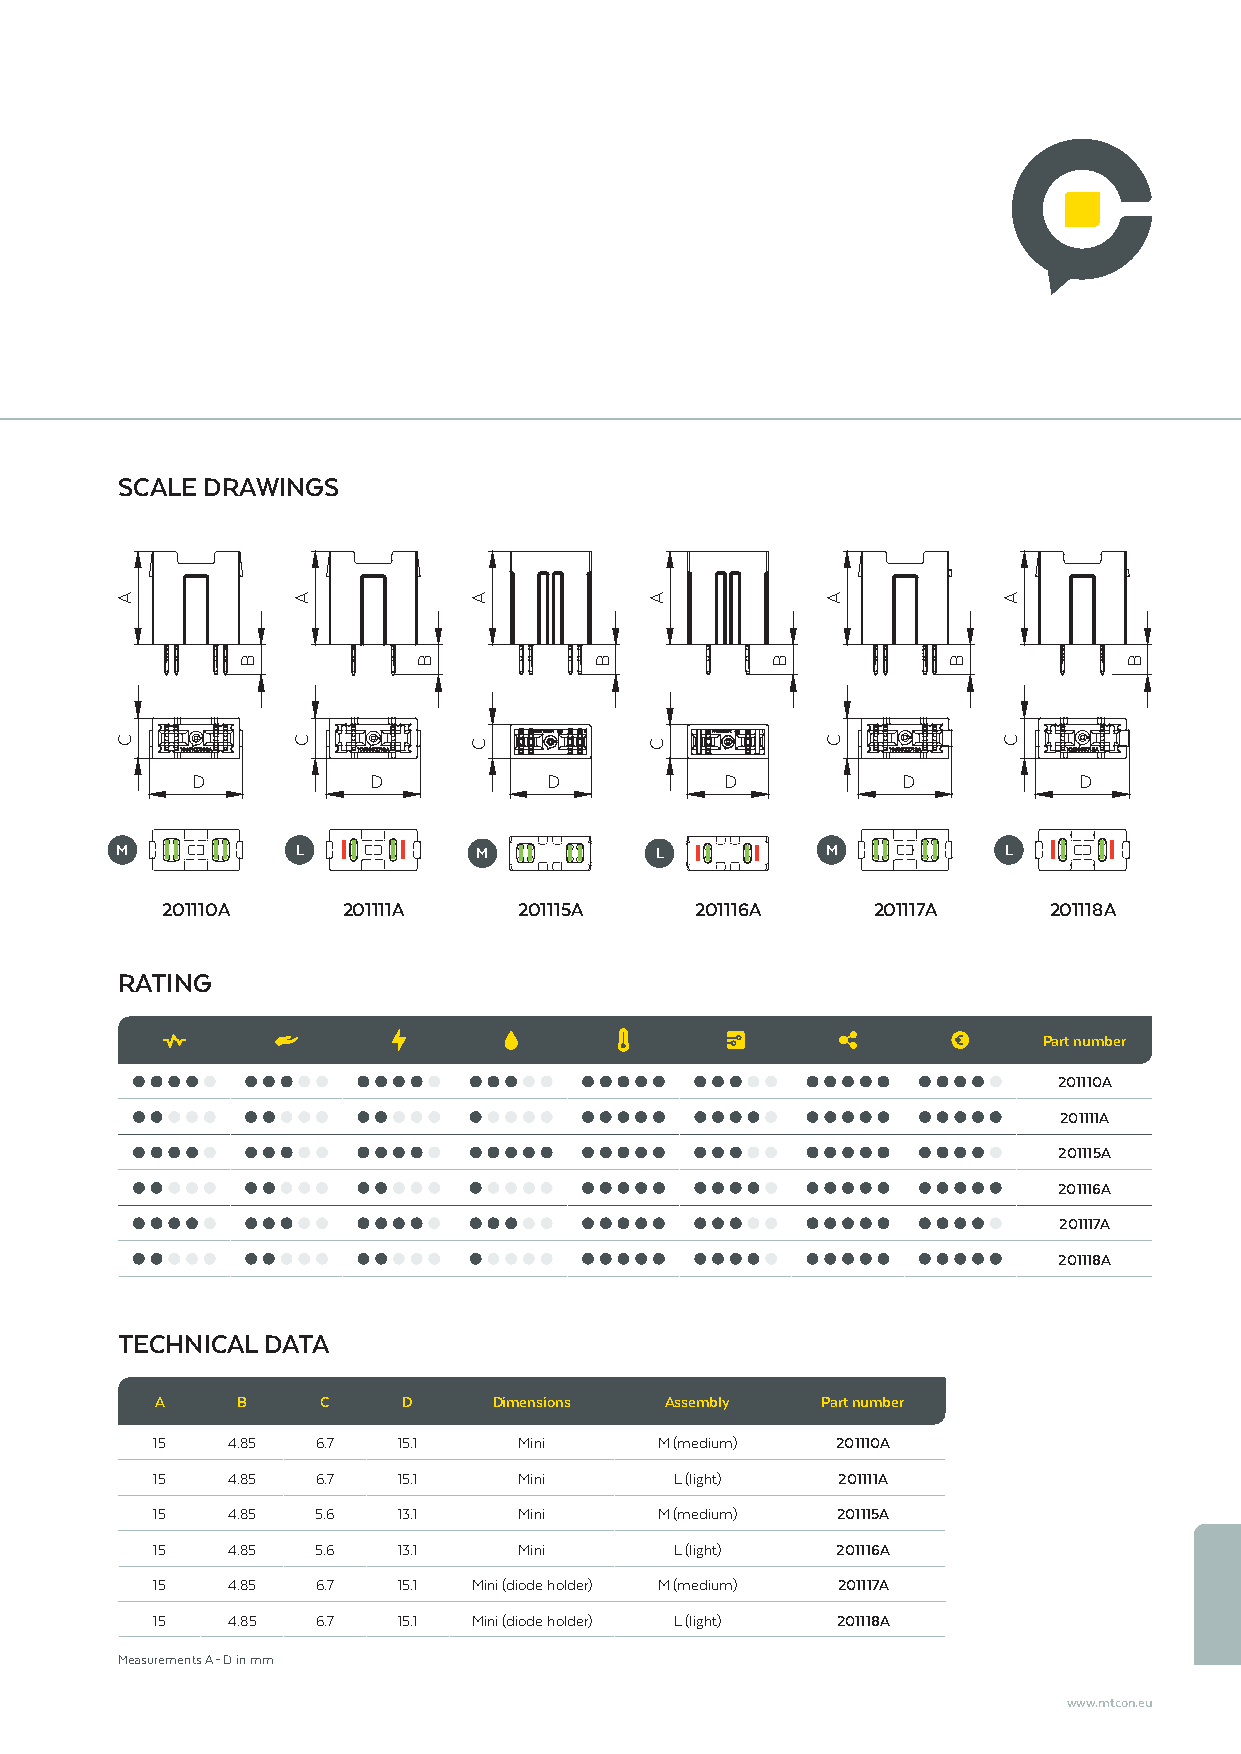
SCALE DRAWINGS
 D          D           D           D           D          D
 M           L           M          L           M          L
 201110A     201111A    201115A     201116A     201117A    201118A
 RATING
 Part number
 201110A
 201111A
 201115A
 201116A
 201117A
 201118A
 TECHNICAL DATA
 A     B    C     D     Dimensions Assembly  Part number
 15   4.85  6.7  15.1    Mini      M (medium) 201110A
 15   4.85  6.7  15.1    Mini       L (light) 201111A
 15   4.85  5.6  13.1    Mini      M (medium) 201115A
 15   4.85  5.6  13.1    Mini       L (light) 201116A
 15   4.85  6.7  15.1 Mini (diode holder) M (medium) 201117A
 15   4.85  6.7  15.1 Mini (diode holder) L (light) 201118A
 Measurements A – D in mm
 www.mtcon.eu
 A
 C
 B
 A
 C
 B
 A
 C
 B
 A
 C
 B
 A
 C
 B
 A
 C
 B